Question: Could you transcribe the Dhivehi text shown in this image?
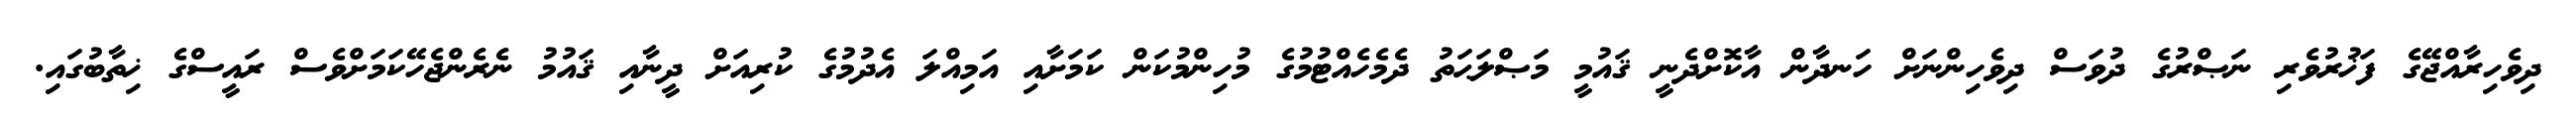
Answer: ދިވެހިރާއްޖޭގެ ފަޚުރުވެރި ނަޞްރުގެ ދުވަސް ދިވެހިންނަށް ހަނދާން އާކޮށްދެނީ ޤައުމީ މަޞްލަޙަތު ދެމެހެއްޓުމުގެ މުހިންމުކަން ކަމަށާއި އަމިއްލަ އެދުމުގެ ކުރިއަށް ދީނާއި ޤައުމު ނެރެންޖެހޭކަމަށްވެސް ރައީސްގެ ޚިތާބުގައި.